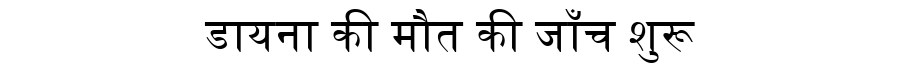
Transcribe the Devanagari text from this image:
डायना की मौत की जाँच शुरू